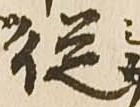
従